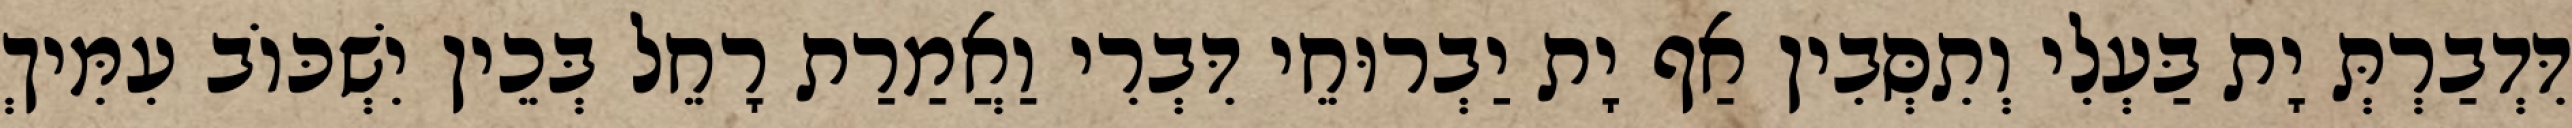
דִּדְבַרְתְּ יָת בַּעְלִי וְתִסְּבִין אַף יָת יַבְרוּחֵי דִּבְרִי וַאֲמַרַת רָחֵל בְּכֵין יִשְׁכּוֹב עִמִּיךְ